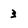
Character: 3